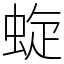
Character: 蜁